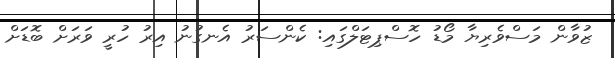
ޒުވާން މަސްވެރިޔާ މޯޑު ހޮސްޕިޓަލްގައި: ކެންސަރު އެނގުނު އިރު ހުރީ ވަރަށް ބޮޑަށް